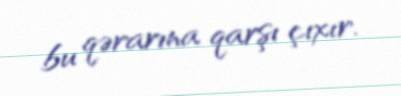
bu qərarına qarşı çıxır.